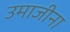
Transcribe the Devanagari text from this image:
उमाजीना